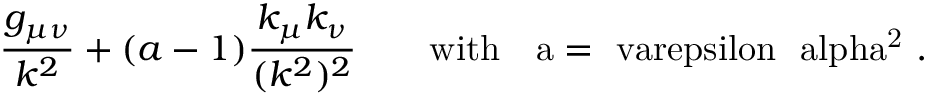
{ \frac { g _ { \mu \nu } } { k ^ { 2 } } } + ( a - 1 ) { \frac { k _ { \mu } k _ { \nu } } { ( k ^ { 2 } ) ^ { 2 } } } \quad \quad \mathrm { w i t h ~ ~ ~ a = \ v a r e p s i l o n ~ \ a l p h a ^ { 2 } ~ . }